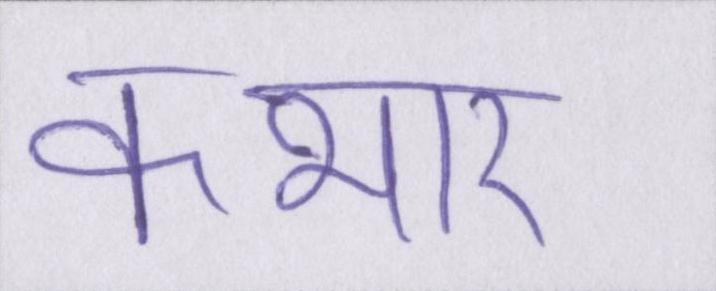
कभार